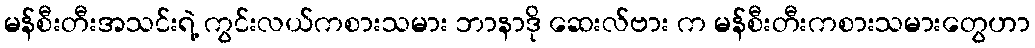
မန်စီးတီးအသင်းရဲ့ ကွင်းလယ်ကစားသမား ဘာနာဒို ဆေးလ်ဗား က မန်စီးတီးကစားသမားတွေဟာ